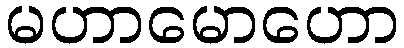
မဟာမောဟော